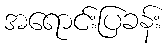
အရောင်းပြခန်း